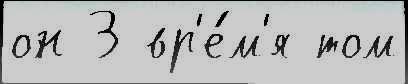
он 3 вр'е́м'я том